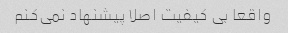
واقعا بی کیفیت اصلا پیشنهاد نمی‌کنم